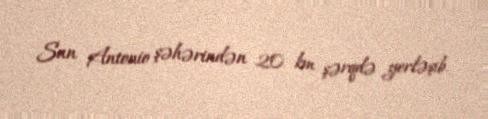
San Antonio şəhərindən 20 km şərqdə yerləşib.